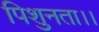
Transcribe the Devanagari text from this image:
पिशुनता।।